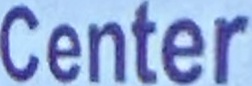
Center